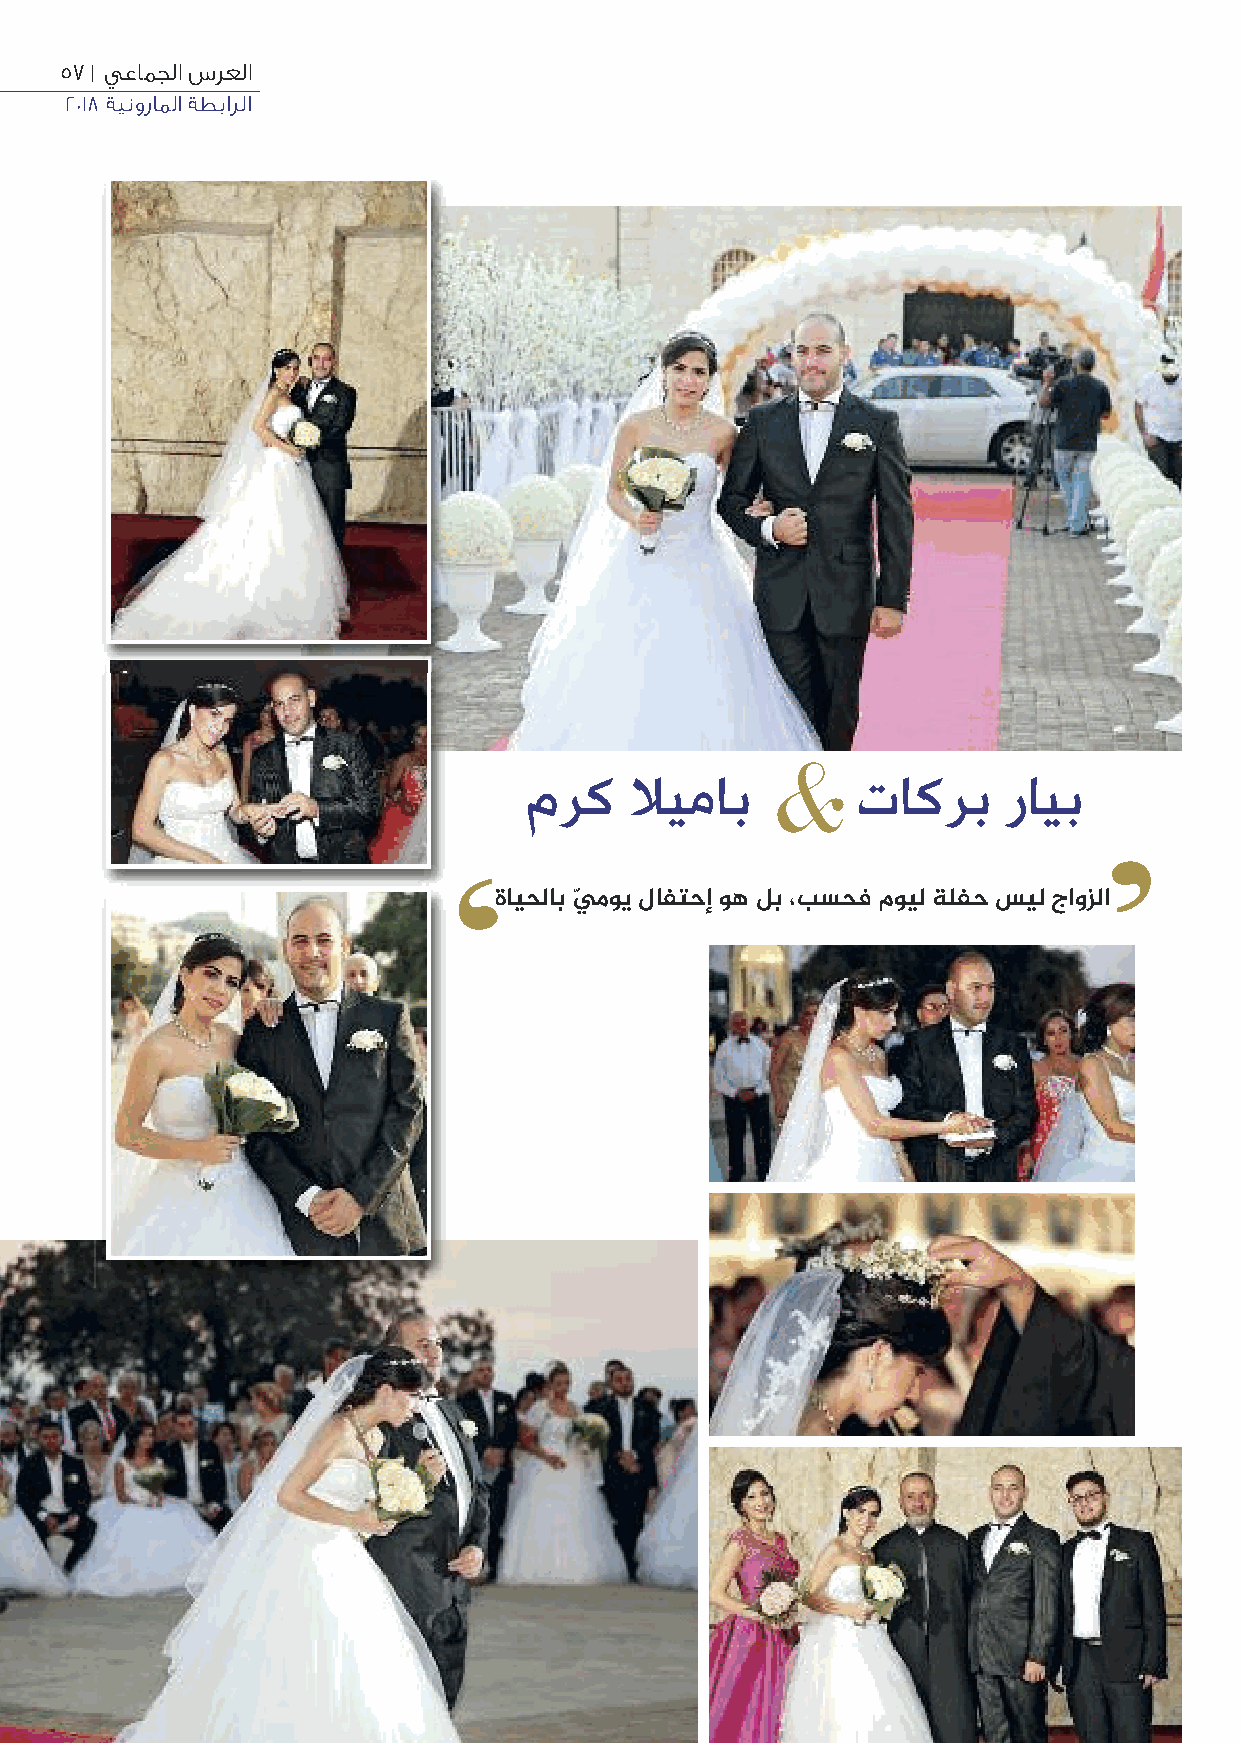
57 | يعامجلا سرعلا
 2018 ةينوراملا ةطبارلا
 &
 مرك    ﻼيماب          تاكرب    رايب
 ’
 ‘
 ةايحلاب يّ موي لافتحإ وه لب ،بسحف مويل ةلفح سيل جاوزلا